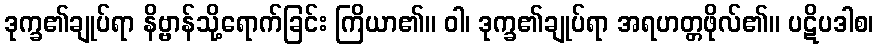
ဒုက္ခ၏ချုပ်ရာ နိဗ္ဗာန်သို့ရောက်ခြင်း ကြိယာ၏။ ဝါ၊ ဒုက္ခ၏ချုပ်ရာ အရဟတ္တဖိုလ်၏။ ပဋိပဒါစ၊